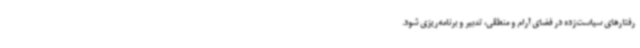
رفتارهای سیاست‌زده در فضای آرام و منطقی، تدبیر و برنامه‌ریزی شود.